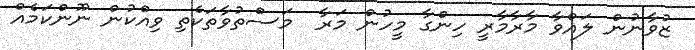
ޒުވާނުން ލައްވާ މާރާމާރީ ހިންގާ މީހުން މަރާ  މަސްތުވާތަކެތި ވިއްކުން ނޫންކަމެއް